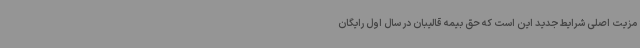
مزیت اصلی شرایط جدید این است که حق بیمه قالیبان در سال اول رایگان